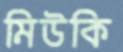
মিউকি